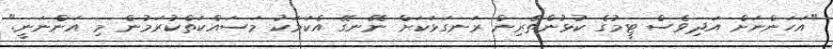
"އަހަންނަށް އަދިވެސް ޓީމުގެ ކުޅުންތެރިން ރަނގަޅަކަށް ނޭނގޭ އެކަމަކު މަސައްކަތްކުރަމުން މި އަންނަނީ."